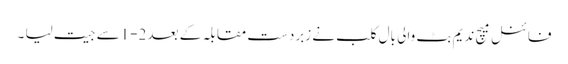
فائنل میچ ندیم بٹ والی بال کلب نے زبردست مقابلہ کے بعد 2-1سے جیت لیا ۔